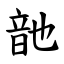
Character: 䪧